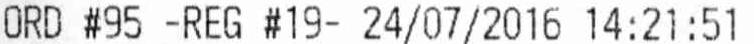
ORD #95 -REG #19- 24/07/2016 14:21:51